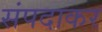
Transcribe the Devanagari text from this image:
संपदाकर